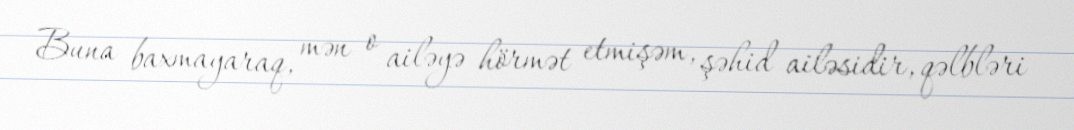
Buna baxmayaraq, mən o ailəyə hörmət etmişəm, şəhid ailəsidir, qəlbləri